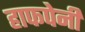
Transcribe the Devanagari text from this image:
हाफपेनी